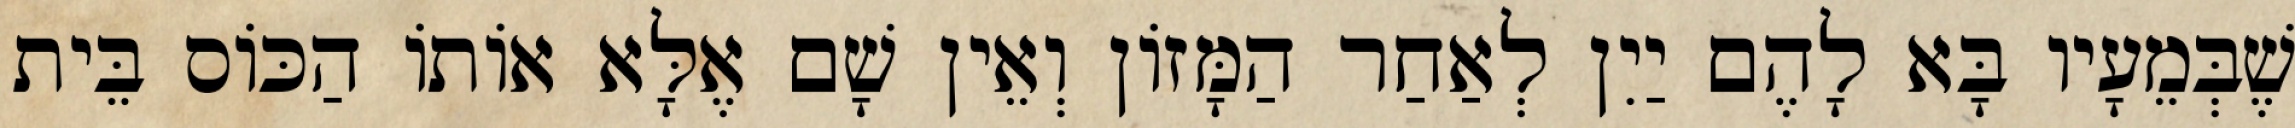
שֶׁבְּמֵעָיו בָּא לָהֶם יַיִן לְאַחַר הַמָּזוֹן וְאֵין שָׁם אֶלָּא אוֹתוֹ הַכּוֹס בֵּית